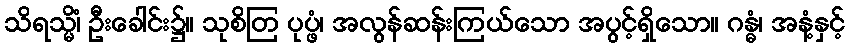
သိရသ္မိံ၊ ဦးခေါင်း၌။ သုစိတြ ပုပ္ဖံ၊ အလွန်ဆန်းကြယ်သော အပွင့်ရှိသော။ ဂန္ဓံ၊ အနံ့နှင့်